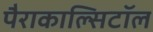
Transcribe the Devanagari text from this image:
पैराकाल्सिटॉल